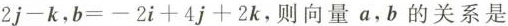
2 j - k$$，$$b = - 2 i + 4 j + 2 k$$，则向量a，b的关系是